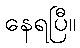
နေရပြီ။